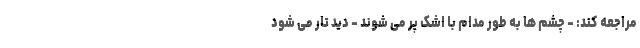
مراجعه کند: - چشم ها به طور مدام با اشک پر می شوند - دید تار می شود